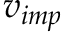
v _ { i m p }